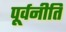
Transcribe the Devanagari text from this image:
पूर्वनीति